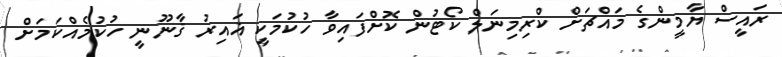
ރައީސް ޔާމީންގެ މައްޗަށް ކްރިމިނަލް ކޯޓުން ކޮށްފައިވާ ހުކުމަކީ ޣައިރު ޤާނޫނީ ހުކުމެއްކަމަށް